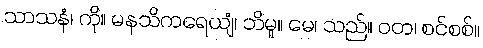
သာသနံ၊ ကို။ မနသိကရေယျံ၊ ဘိမူ။ မေ၊ သည်။ ဝတ၊ စင်စစ်။